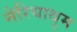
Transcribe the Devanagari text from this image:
नेरियाथुम